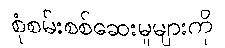
စုံစမ်းစစ်ဆေးမှုများကို